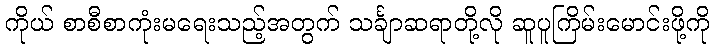
ကိုယ် စာစီစာကုံးမရေးသည့်အတွက် သင်္ချာဆရာတို့လို ဆူပူကြိမ်းမောင်းဖို့ကို